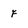
Character: F